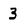
Character: 3